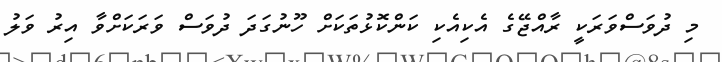
މި ދުވަސްވަރަކީ ރާއްޖޭގެ އެކިއެކި ކަންކޮޅުތަކަށް ހޫނުގަދަ ދުވަސް ވަރަކަށްވާ އިރު ވަލު